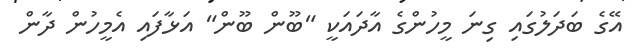
އޭގެ ބަދަލުގައި ގިނަ މީހުންގެ އާދައަކީ "ބޫން ބޫން" އަޅާފައި އެމީހުން ދާން